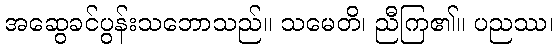
အဆွေခင်ပွန်းသဘောသည်။ သမေတိ၊ ညီကြ၏။ ပညဿ၊